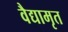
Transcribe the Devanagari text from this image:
वैद्यामृत